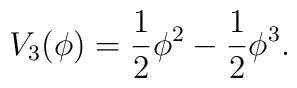
V_3(\phi)=\frac{1}{2}\phi^2-\frac{1}{2}\phi^3.